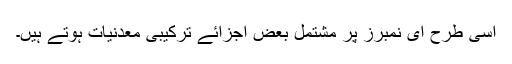
اسی طرح ای نمبرز پر مشتمل بعض اجزائے ترکیبی معدنیات ہوتے ہیں۔